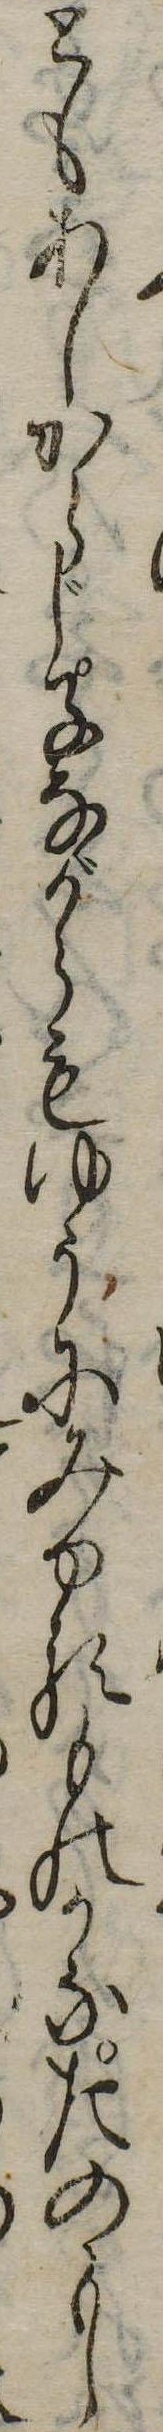
ともあしからじ子ながらもゆうにみゆるものかなたのもし